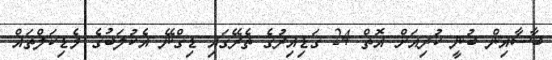
ބާސާއިން ބުނީ ކުރިއަށް އޮތް 24 ގަޑިއިރުގެ ތެރޭގައި ޑިގްނޭ އެކުލަބުގެ މެޑިކަލްތައް